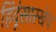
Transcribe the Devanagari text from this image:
हिंदूंसारखेच